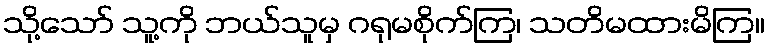
သို့သော် သူ့ကို ဘယ်သူမှ ဂရုမစိုက်ကြ၊ သတိမထားမိကြ။